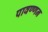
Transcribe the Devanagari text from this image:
पावण्णन